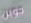
جوين